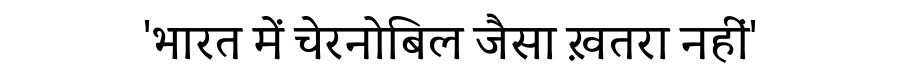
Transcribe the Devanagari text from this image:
'भारत में चेरनोबिल जैसा ख़तरा नहीं'